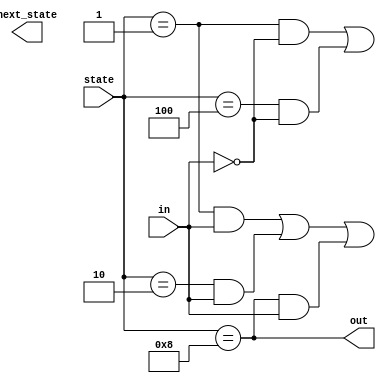
module top_module(
    input in,
    input [3:0] state,
    output [3:0] next_state,
    output out);

    // State encoding
    parameter A = 4'b0001;
    parameter B = 4'b0010;
    parameter C = 4'b0100;
    parameter D = 4'b1000;

    // State transition logic
    assign next_state[A] = (state == A && in == 0) || (state == C && in == 0);
    assign next_state[B] = (state == A && in == 1) || (state == B && in == 1) || (state == D && in == 1);
    assign next_state[C] = (state == B && in == 0) || (state == D && in == 0);
    assign next_state[D] = (state == C && in == 1);

    // Output logic
    assign out = (state == D);

endmodule